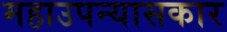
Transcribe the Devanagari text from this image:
महाउपन्यासकार